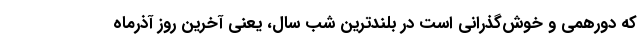
که دورهمی و خوش‌گذرانی است در بلندترین شب سال، یعنی آخرین روز آذرماه